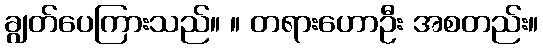
ချွတ်ပေကြားသည်။ ။ တရားဟောဦး အစတည်း။